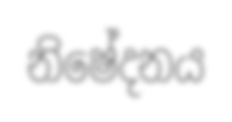
නිෂේදනය